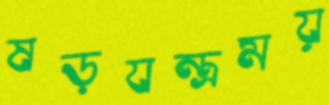
ষড়যন্ত্রময়